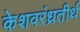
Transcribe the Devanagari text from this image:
केशवरंध्रतीर्थ